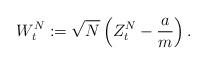
LaTeX: \begin{align*}W_t^{N} := \sqrt{N} \left( Z^{N}_t - \frac{a}{m}\right).\end{align*}